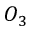
O _ { 3 }